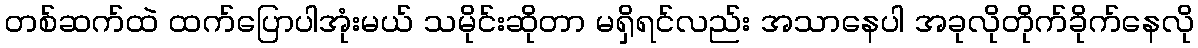
တစ်ဆက်ထဲ ထက်ပြောပါအုံးမယ် သမိုင်းဆိုတာ မရှိရင်လည်း အသာနေပါ အခုလိုတိုက်ခိုက်နေလို